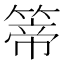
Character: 𥰆